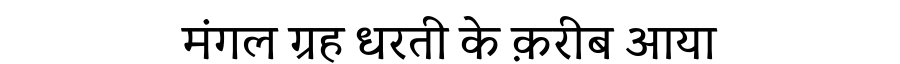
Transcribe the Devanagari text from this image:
मंगल ग्रह धरती के क़रीब आया